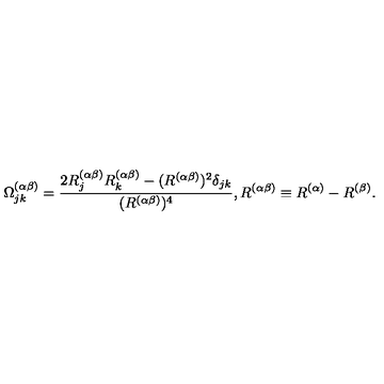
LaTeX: \Omega _ { j k } ^ { ( \alpha \beta ) } = \frac { 2 R _ { j } ^ { ( \alpha \beta ) } R _ { k } ^ { ( \alpha \beta ) } - ( R ^ { ( \alpha \beta ) } ) ^ { 2 } \delta _ { j k } } { ( R ^ { ( \alpha \beta ) } ) ^ { 4 } } , R ^ { ( \alpha \beta ) } \equiv R ^ { ( \alpha ) } - R ^ { ( \beta ) } .